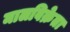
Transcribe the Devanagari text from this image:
मालविक्रेता